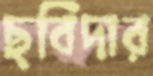
ছবিদার